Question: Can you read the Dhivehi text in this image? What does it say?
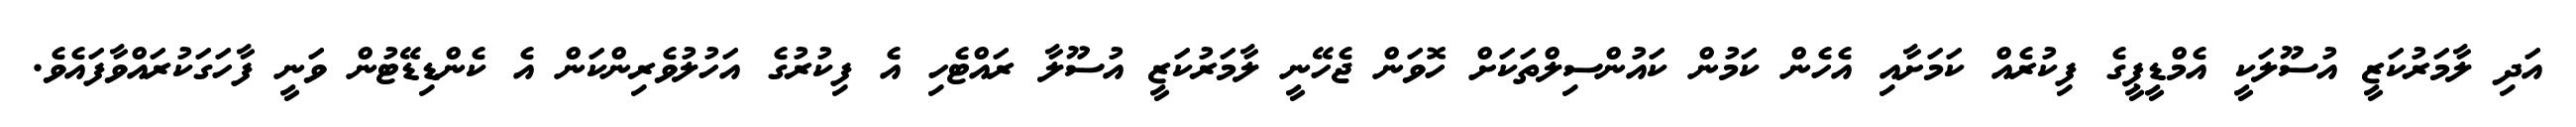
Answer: އަދި ލާމަރުކަޒީ އުސޫލަކީ އެމްޑީޕީގެ ފިކުރެއް ކަމަށާއި އެހެން ކަމުން ކައުންސިލްތަކަށް ހޮވަން ޖެހޭނީ ލާމަރުކަޒީ އުސޫލާ ރައްޓެހި އެ ފިކުރުގެ އަހުލުވެރިންކަން އެ ކެންޑިޑޭޓުން ވަނީ ފާހަގަކުރައްވާފައެވެ.